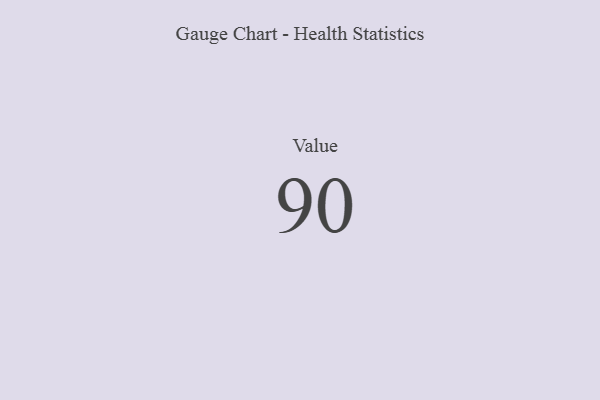
{"axis": {"x": "Metric", "y": "Value"}, "legend": [""], "data": [{"x": "Value", "y": 90, "type": ""}]}